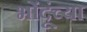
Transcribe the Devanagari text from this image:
भोंदूंच्या